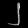
Digit: ၂